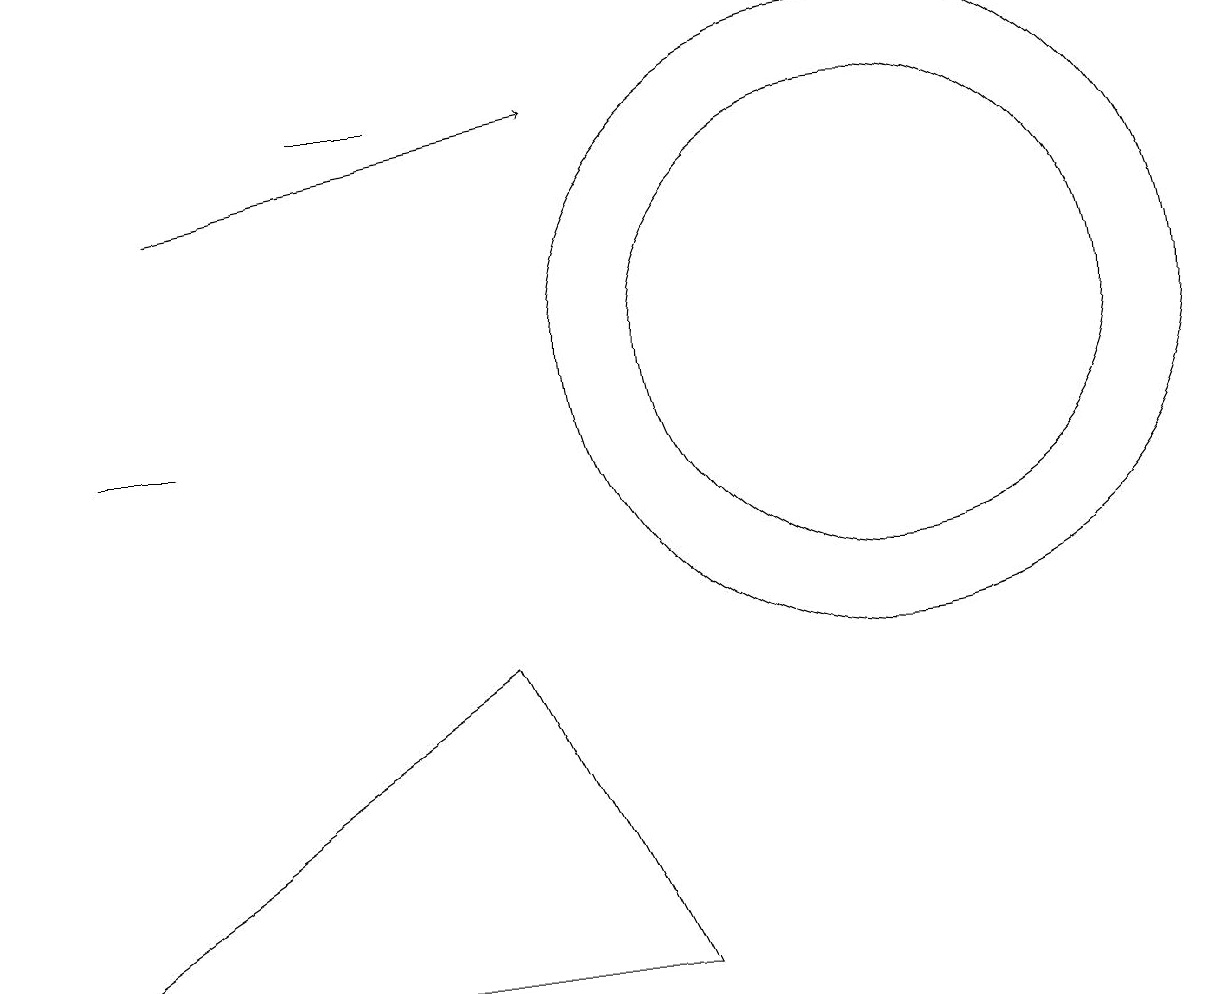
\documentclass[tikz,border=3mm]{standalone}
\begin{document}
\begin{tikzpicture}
\draw (2,10) rectangle (1,10);
\draw (11,11) circle (3);
\draw (11,11) circle (4);
\draw (4,14) rectangle (5,14);
\draw[->] (2,13) -- (7,14);
\draw (0,3) -- (6,7) -- (8,3) -- cycle;
\draw (10,11) circle (0);
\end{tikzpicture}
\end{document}